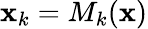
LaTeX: {\mathbf x}_{k}=M_{k}({\mathbf x})